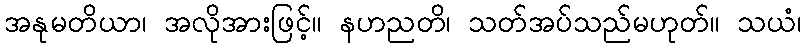
အနုမတိယာ၊ အလိုအားဖြင့်။ နဟညတိ၊ သတ်အပ်သည်မဟုတ်။ သယံ၊